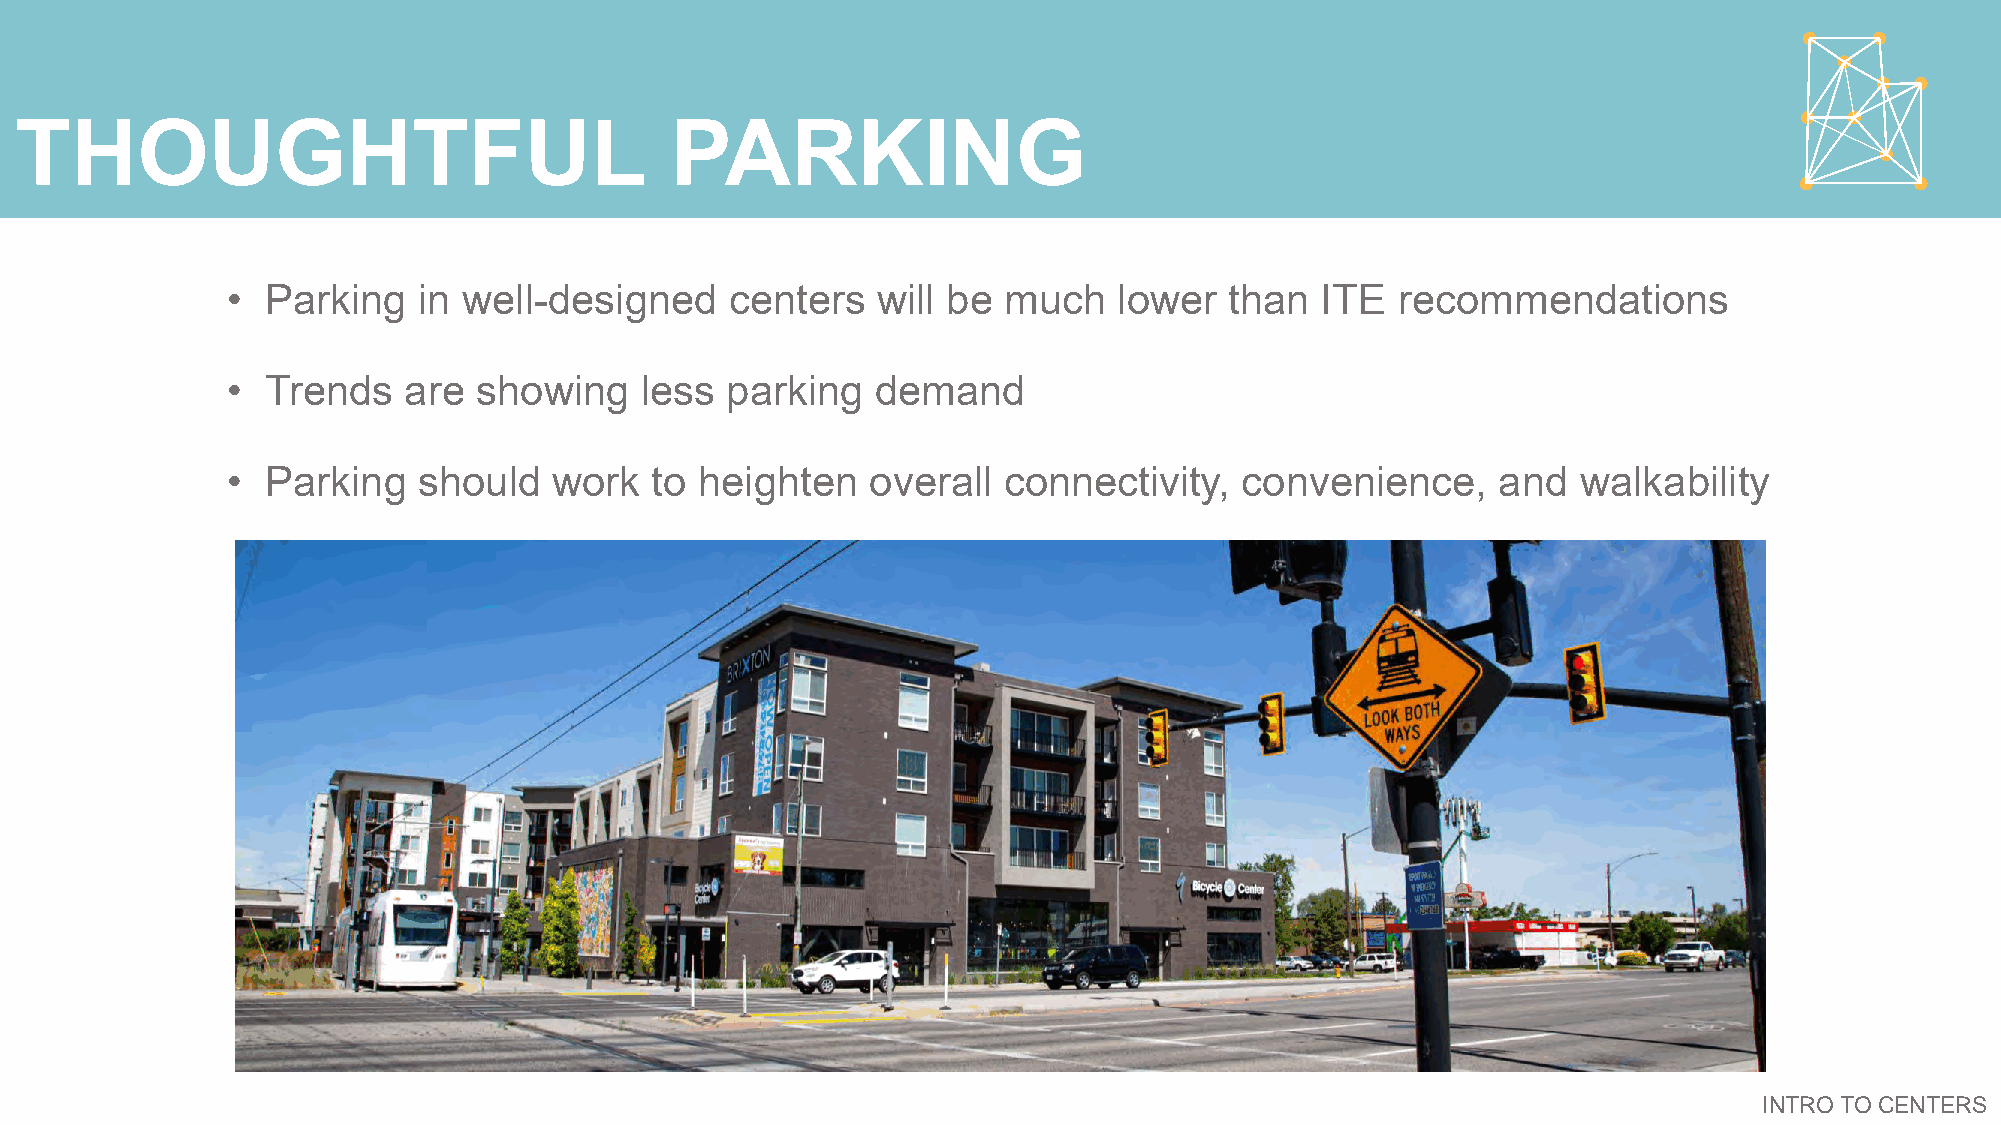
THOUGHTFUL                                 PARKING
 •  Parking   in well-designed    centers   will be much    lower  than  ITE  recommendations
 •  Trends   are  showing   less  parking   demand
 •  Parking   should   work  to heighten    overall connectivity,   convenience,     and   walkability
 INTRO TO CENTERS